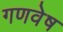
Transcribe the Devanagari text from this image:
गणवेष